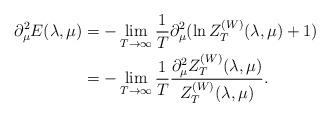
LaTeX: \begin{align*}\partial_\mu^2 E(\lambda,\mu)& = -\lim_{T\to \infty}\frac 1T \partial_\mu^2( \ln Z^{(W)}_T(\lambda,\mu) + 1) \\& = - \lim_{T\to \infty}\frac 1T \frac{\partial_\mu^2Z^{(W)}_T(\lambda,\mu)}{Z^{(W)}_T(\lambda,\mu)}. \end{align*}